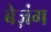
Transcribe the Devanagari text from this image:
बेज़ंग